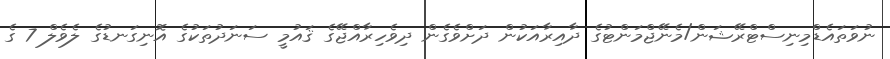
ނުވަތައެޑްމިނިސްޓްރޭޝަން/މެނޭޖްމަންޓުގެ ދާއިރާއަކުން ދަށްވެގެން ދިވެހިރާއްޖޭގެ ޤައުމީ ސަނަދުތަކުގެ އޮނިގަނޑުގެ ލެވެލް 7 ގެ